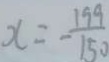
x = - \frac { 1 9 9 } { 1 5 0 }